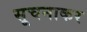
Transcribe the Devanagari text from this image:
सूचनाकर